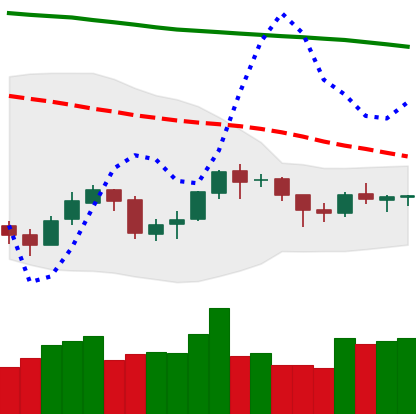
Ticker: BNB-USD
Chart end date: 2018-09-30
Forward return: 6.173%
Label: up_5_7